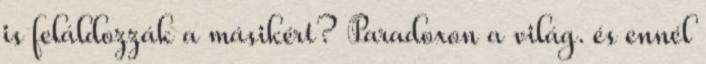
is feláldozzák a másikért? Paradoxon a világ. és ennél